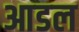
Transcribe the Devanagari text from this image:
आडल